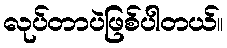
လုပ်တာပဲဖြစ်ပါတယ်။